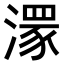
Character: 𣾞